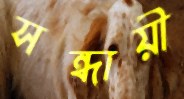
সন্ধায়ী